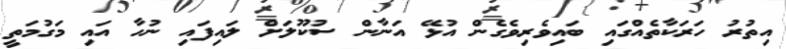
އިތުރު ހަރަކާތެއްގައި ބައިވެރިވެގެން އުޅޭ އަނާން ސުކޫލަށް ލައިފައި ނުހާ އައި މަގުމަތީ